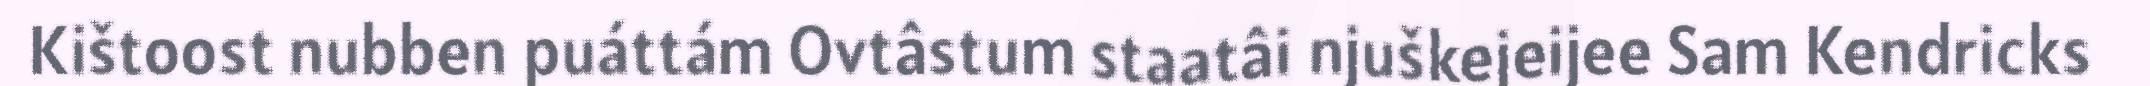
Kištoost nubben puáttám Ovtâstum staatâi njuškejeijee Sam Kendricks